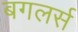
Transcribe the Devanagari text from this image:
बगलर्स